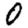
Digit: 0